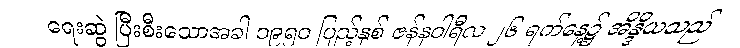
ရေးဆွဲ ပြီးစီးသောအခါ ၁၉၅၀ ပြည့်နှစ် ဇန်နဝါရီလ ၂၆ ရက်နေ့၌ အိန္ဒိယသည်